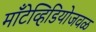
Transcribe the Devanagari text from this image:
मॉँटेव्हिडियोजवळ